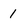
Character: 1